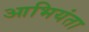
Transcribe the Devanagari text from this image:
आभियंता